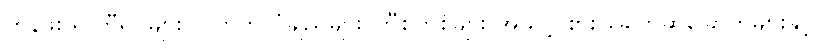
တန်ဖိုး ရှိ တီရှပ်များ၊ ပါတိတ်လုံချည်များ၊ ဘီစကစ်များ အသင့် စား ခေါက်ဆွဲခြောက်များနှင့်